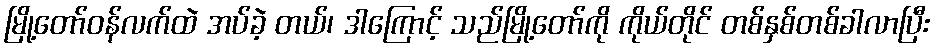
မြို့တော်ဝန်လက်ထဲ အပ်ခဲ့ တယ်၊ ဒါကြောင့် သည်မြို့တော်ကို ကိုယ်တိုင် တစ်နှစ်တစ်ခါလာပြီး